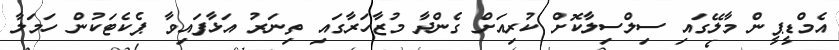
އެމްޑީޕީން މާލޭގައި ސިލްސިލާކޮށް ކުރިއަށް ގެންދާ މުޒާހަރާގައި ތިނަރު އަޅާފައިވާ ޕެކެޓަކުން ހަމަލާ